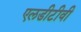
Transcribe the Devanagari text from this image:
एलडीटीवी